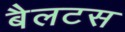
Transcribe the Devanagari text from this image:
बैलटस